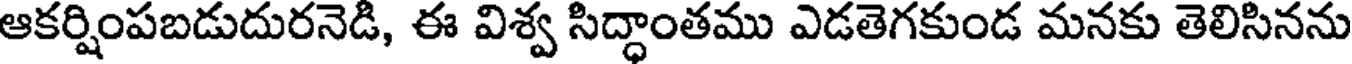
ఆకర్షింపబడుదురనెడి, ఈ విశ్వ సిద్ధాంతము ఎడతెగకుండ మనకు తెలిసినను